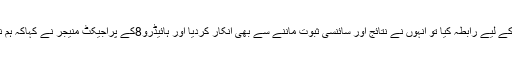
دلچسپ بات یہ ہے کہ جب اخبار نے چند متعلقہ برانڈز سے موقف لینے کے لیے رابطہ کیا تو انہوں نے نتائج اور سائنسی ثبوت ماننے سے بھی انکار کردیا اور ہائیڈرو8کے پراجیکٹ منیجر نے کہاکہ ہم نتائج عدالت میں چیلنج کریں گے کیونکہ ہمارا مارکیٹ میں ایک نام ہے ‘۔